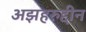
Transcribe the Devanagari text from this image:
अझहरुद्दीन